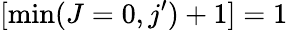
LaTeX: [\operatorname*{min}(J=0,j^{\prime})+1]=1